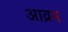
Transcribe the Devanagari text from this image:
आव्रम